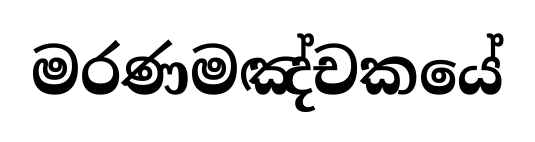
මරණමඤ්චකයේ